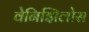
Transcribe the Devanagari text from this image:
वेनिझिलोस